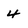
Character: 4